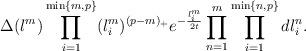
LaTeX: \begin{align*}\Delta(l^m) \prod_{i = 1}^{\min\{m, p\}}(l^m_i)^{(p - m)_+} e^{-\frac{l_i^m}{2t}} \prod_{n = 1}^m \prod_{i = 1}^{\min\{n, p\}} dl^n_i.\end{align*}